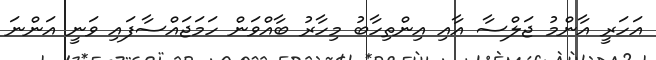
އަހަރީ އާންމު ޖަލްސާ އާއި އިންތިހާބު މިހާރު ބާއްވަން ހަމަޖައްސާފައި ވަނީ އަންނަ